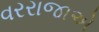
વરરાજાએ